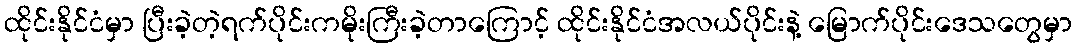
ထိုင်းနိုင်ငံမှာ ပြီးခဲ့တဲ့ရက်ပိုင်းကမိုးကြီးခဲ့တာကြောင့် ထိုင်းနိုင်ငံအလယ်ပိုင်းနဲ့ မြောက်ပိုင်းဒေသတွေမှာ